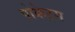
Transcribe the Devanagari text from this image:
पोकेट्स